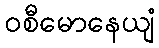
ဝစီမောနေယျံ